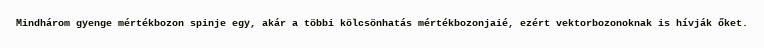
Mindhárom gyenge mértékbozon spinje egy, akár a többi kölcsönhatás mértékbozonjaié, ezért vektorbozonoknak is hívják őket.